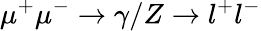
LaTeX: \mu^{+}\mu^{-}\to\gamma/Z\to l^{+}l^{-}